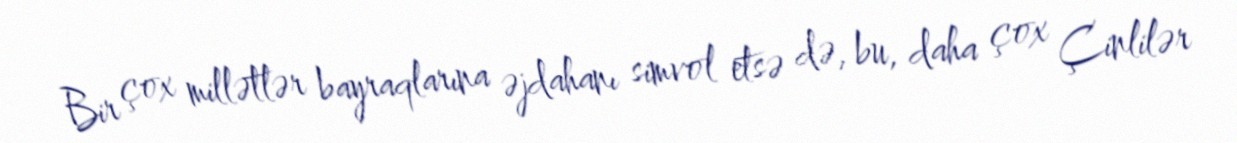
Bir çox millətlər bayraqlarına əjdahanı simvol etsə də, bu, daha çox Çinlilər